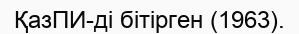
ҚазПИ-ді бітірген (1963).